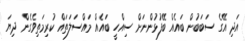
އަދި އޭގެ ސަބަބުން ބައެއް ބޭފުޅުންނަށް ސިއްހީ ބައެއް މައްސަލަތައް ކުރިމަތިވެގެން ދިޔަ